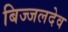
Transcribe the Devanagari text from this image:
बिज्जलदेव